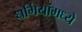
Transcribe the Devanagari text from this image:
धर्मियांमध्ये